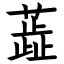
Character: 蕋